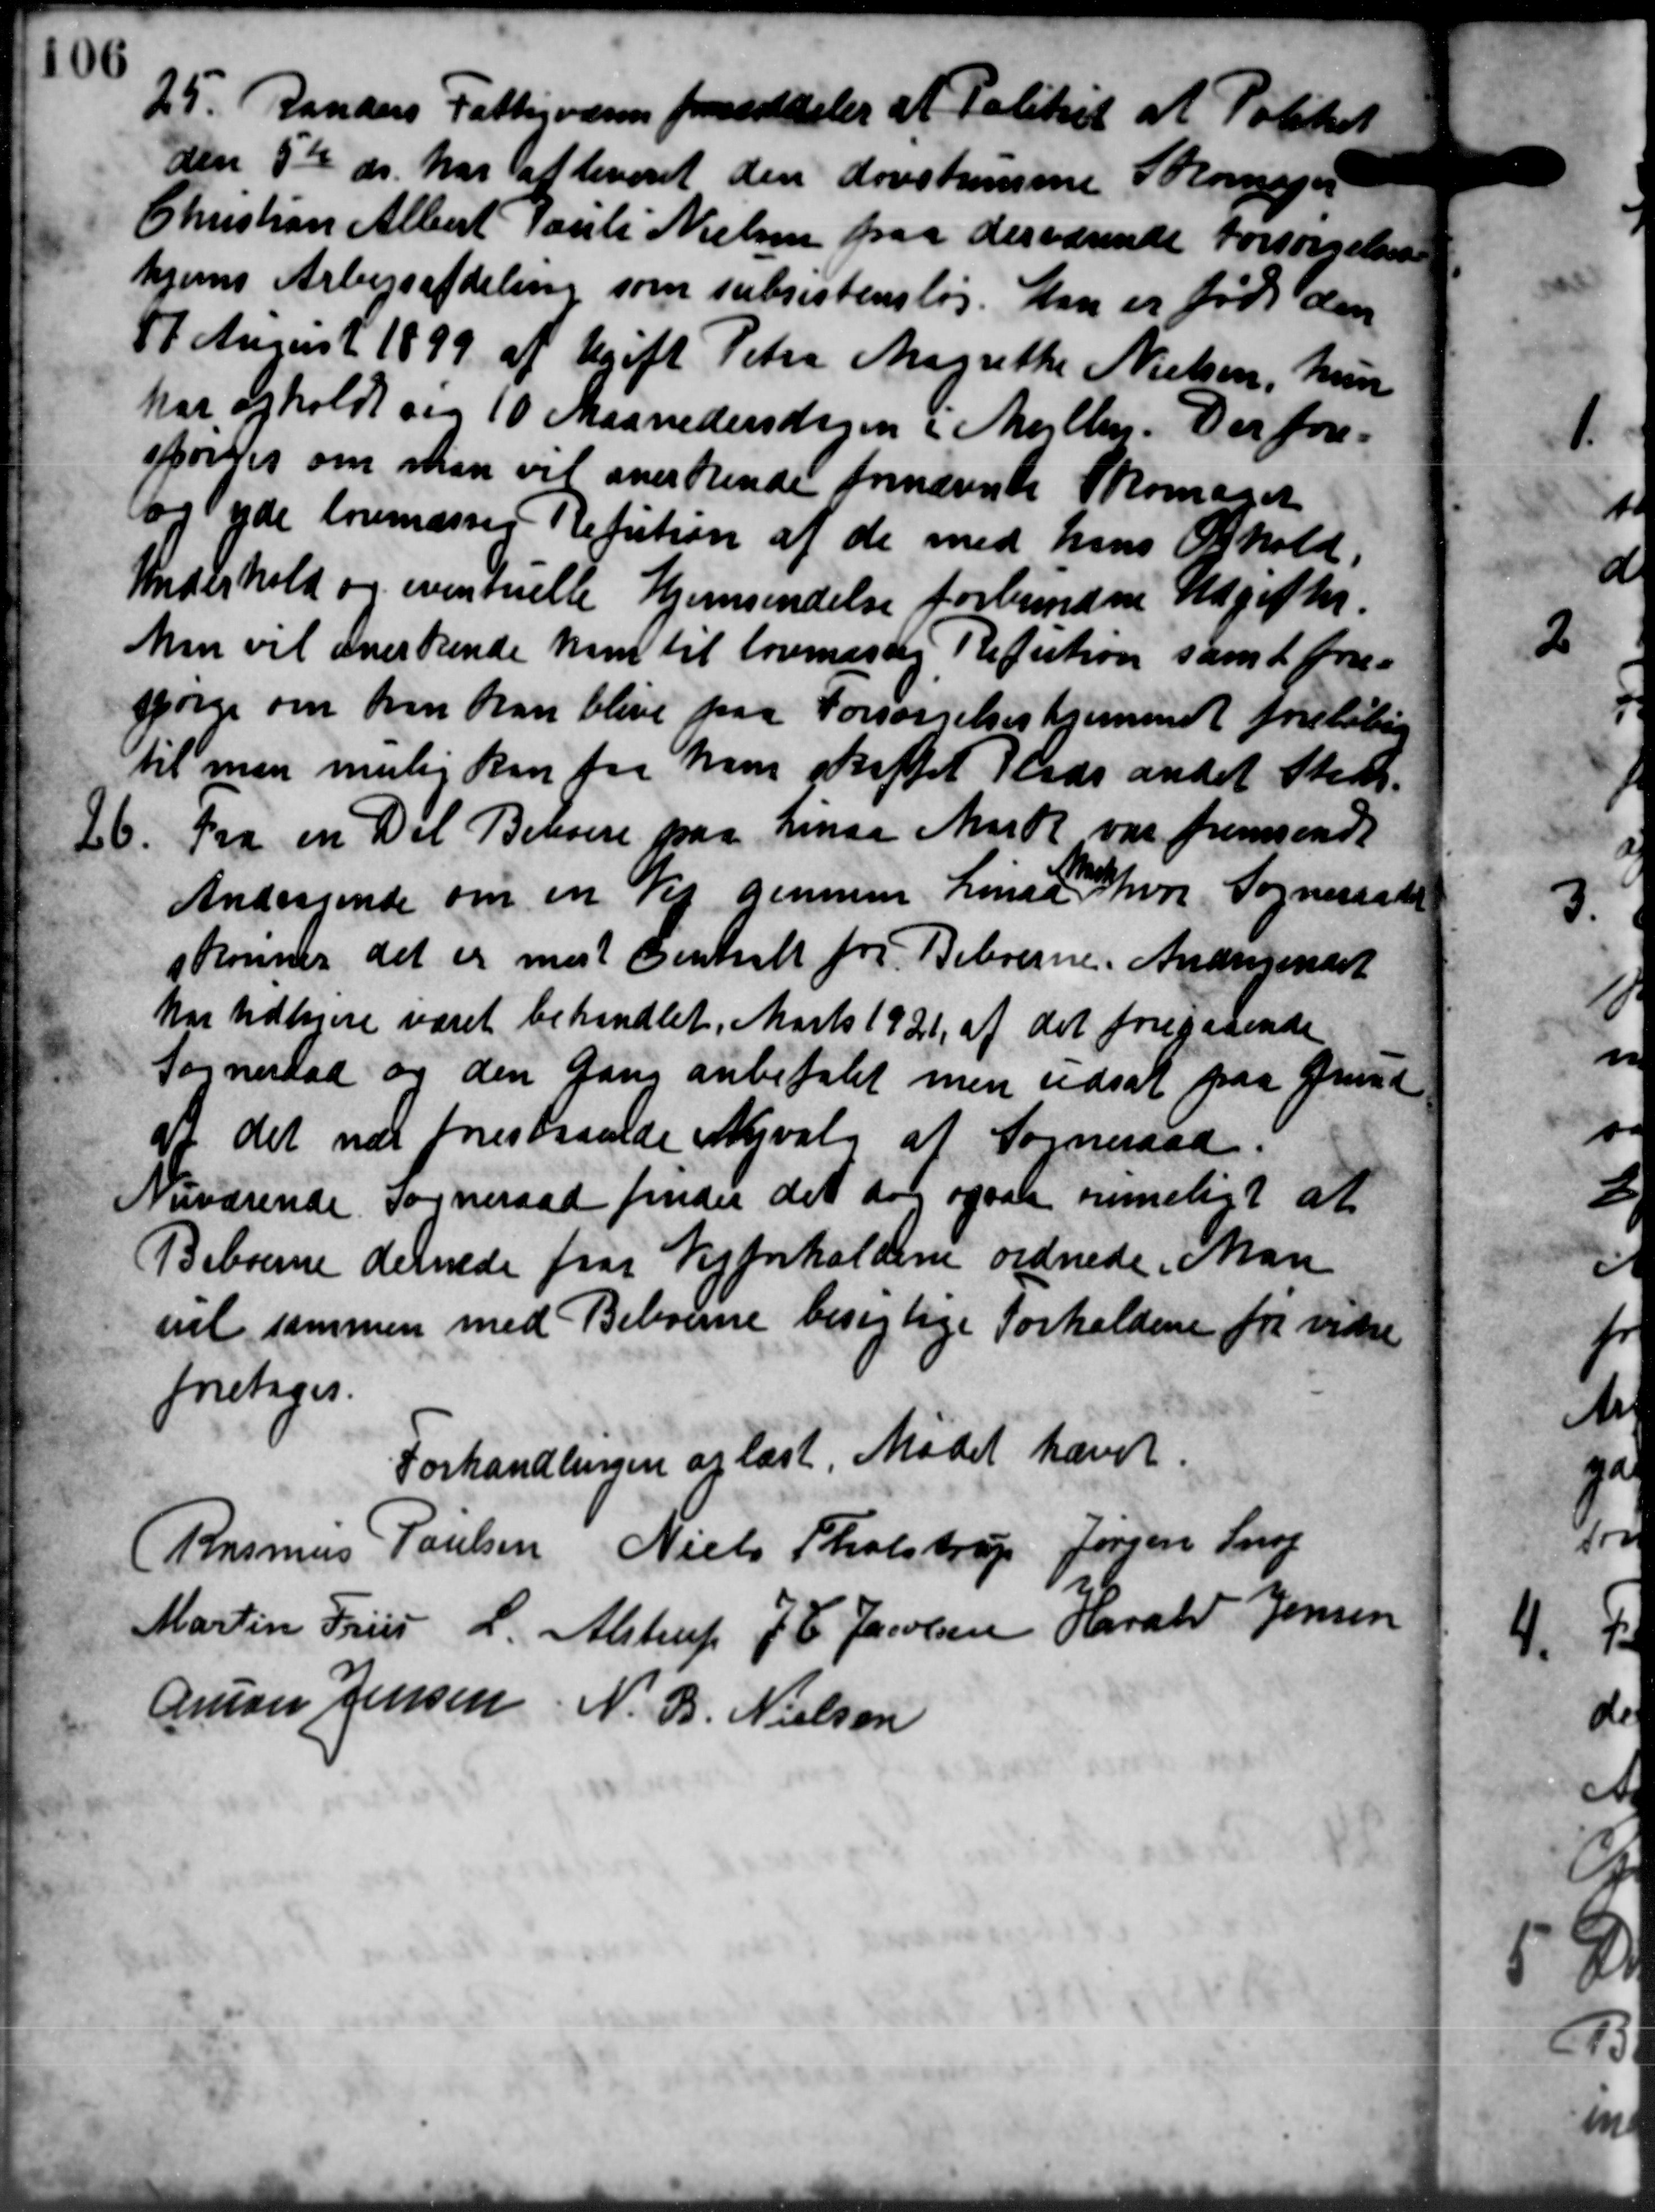
Transskription:
25. Randers Fattigvæsen formiddeler af Politiet at Politi
den 5te ds. har afleveret den døvstumme Skomager
Christian Albert Pauli Nielsen paa derværende forsørgelses
hjems Arbejdafdeling som subsistensløs. Han er født den
17 August 1899 af Ugift Petra Magrethe Nielsen, hun
har opholdt og 10 Maanedersdagen i Mejlby. Der fore-
fordes om man vil anerkende fornævnte Skomager
og yde lovmæsses Refution af de med hans Ophold,
Underhold og eventuelle Hjemsendelse forbundne Udgifter.
Man vil anerkende ham til lovmæssig Refution samt for-
spørge om han kan blive paa Forsørgelseshjemmet foreløbig
til man mulig kan fra han skaffet Plads andet Sted.
26.
Fra en Del Beviere paa Linaa Mark var fremsendt
Andragende om en Vej gennem Linde hvor Sogneraadet
skønner det er mest Centralt for Beboerne. Andragendet
har udhjere været behandlet. Marts 1921 af det foregaaende
Sogneraad og den Gang anbefalet men udsat paa Grund
at det var forestraaede Nyvalg af Sogneraad.
Nuværende Sogneraad finder det dog ogsaa anmeligt at
Beboerne dennede fra Vejforholdene ordnede. Man
vel sammen med Beboerne besigtige Forholdene for vidre
foretoges.
Forhandlingen er læst Mødet hævet.
Rasmus Poulsen Niels Tholstrup Jørgen Snog
Martin Friis L. Alstrup J. C. Jacobsen Harald Jensen
Amon Jensen N. B. Nielsen